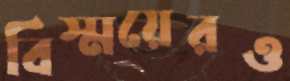
বিস্ময়েরও